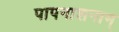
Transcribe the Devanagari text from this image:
पापनाशनाम्